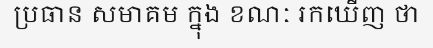
ប្រធាន សមាគម ក្នុង ខណៈ រកឃើញ ថា